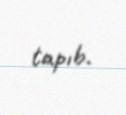
tapıb.